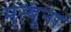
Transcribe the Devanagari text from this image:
मृत्यूंना